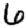
Digit: 6